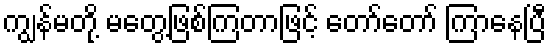
ကျွန်မတို့ မတွေ့ဖြစ်ကြတာဖြင့် တော်တော် ကြာနေပြီ